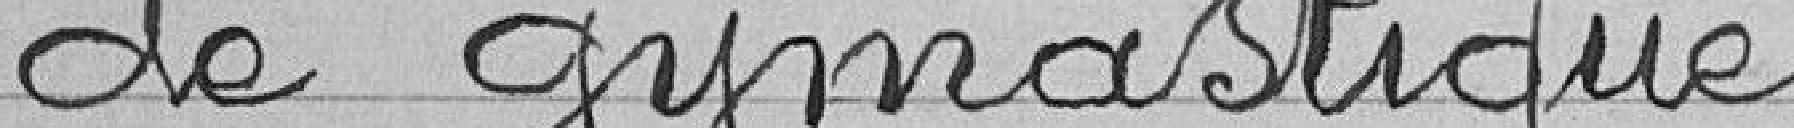
de gymnastique